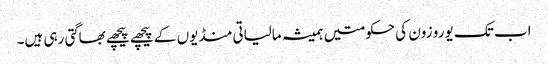
اب تک یورو زون کی حکومتیں ہمیشہ مالیاتی منڈیوں کے پیچھے پیچھے بھاگتی رہی ہیں۔